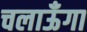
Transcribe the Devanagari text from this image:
चलाऊँगा